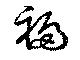
褊